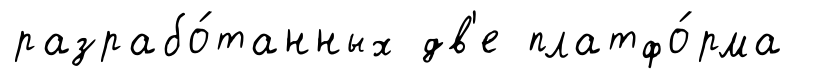
разрабо́танных дв'е платфо́рма